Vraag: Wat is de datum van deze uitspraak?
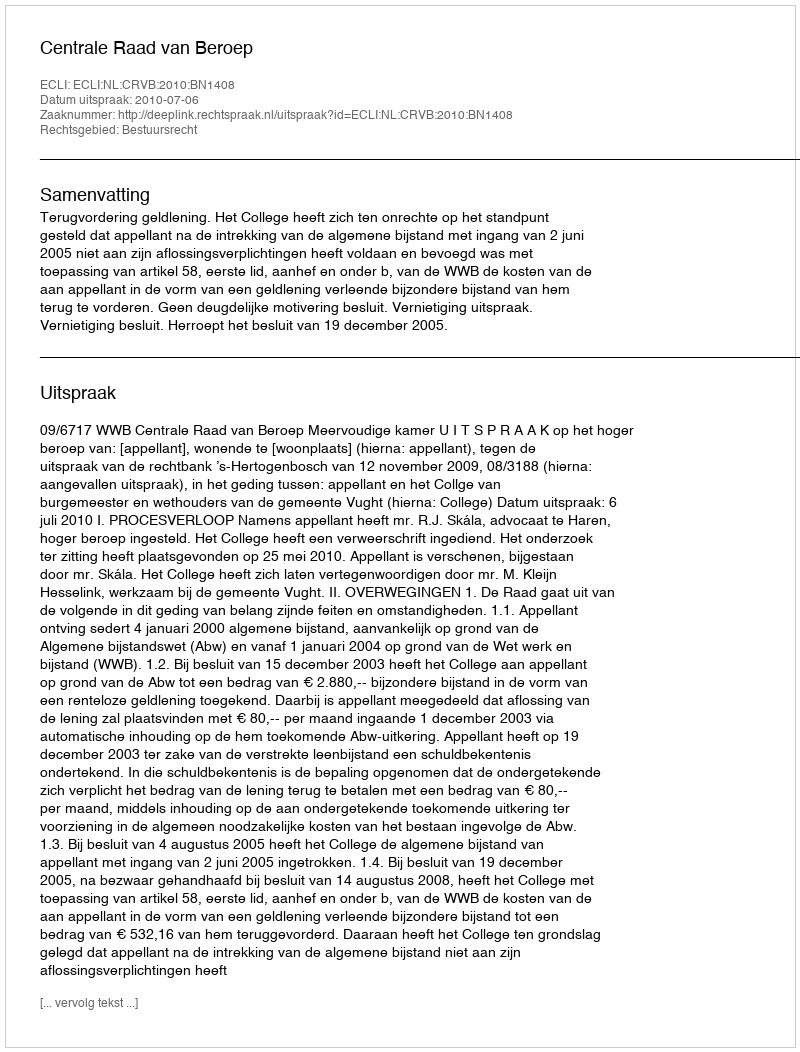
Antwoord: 2010-07-06